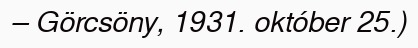
– Görcsöny, 1931. október 25.)